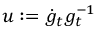
u : = \dot { g } _ { t } g _ { t } ^ { - 1 }